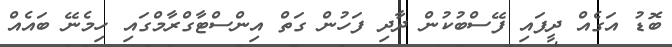
ބޮޑު އަގެއް ދީފައި ފޭސްބުކުން ދާދި ފަހުން ގަތް އިންސްޓާގްރާމްގައި ހިމެނޭ ބައެއް